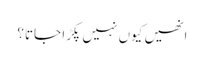
انھیں کیوں نہیں پکڑا جاتا؟